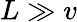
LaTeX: L\gg v